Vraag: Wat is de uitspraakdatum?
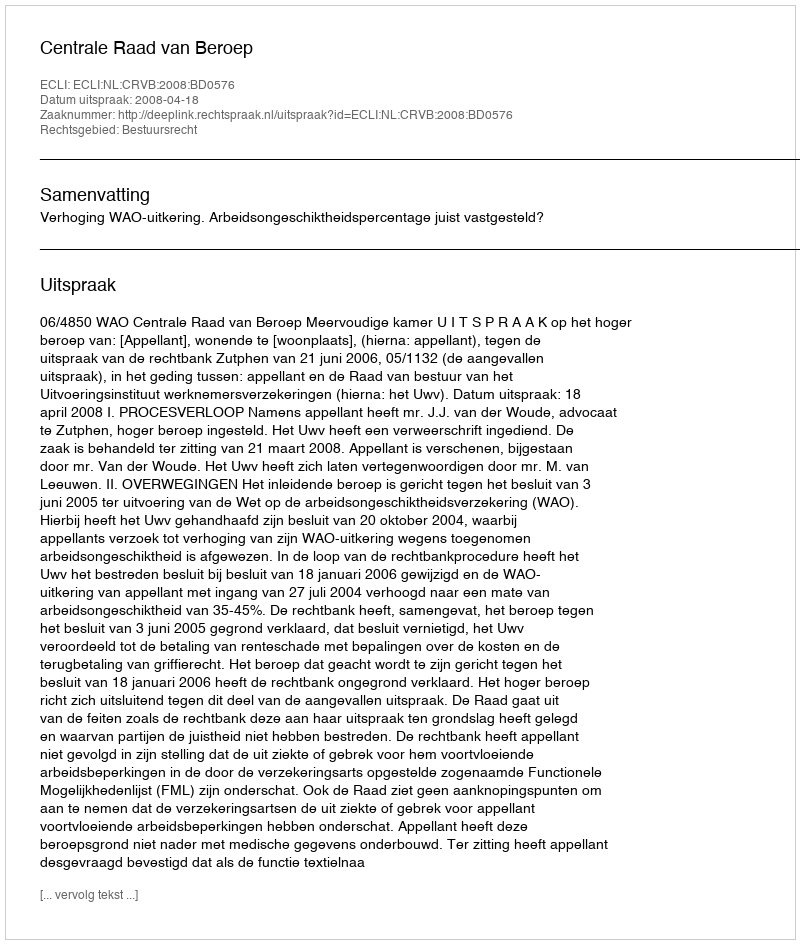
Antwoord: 2008-04-18